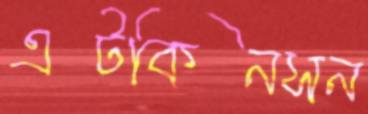
এটকিনসন